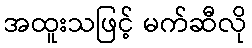
အထူးသဖြင့် မက်ဆီလို